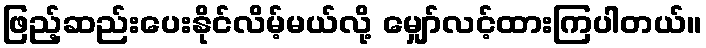
ဖြည့်ဆည်းပေးနိုင်လိမ့်မယ်လို့ မျှော်လင့်ထားကြပါတယ်။